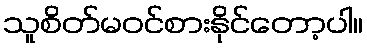
သူစိတ်မဝင်စားနိုင်တော့ပါ။